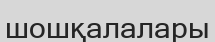
шошқалалары